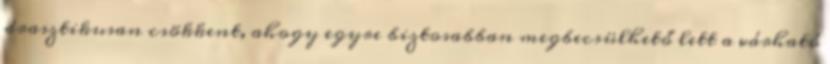
drasztikusan csökkent, ahogy egyre biztosabban megbecsülhető lett a várható